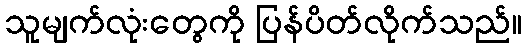
သူမျက်လုံးတွေကို ပြန်ပိတ်လိုက်သည်။